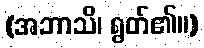
(အဘာသိ၊ ရွတ်၏။)